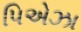
પિએઝા